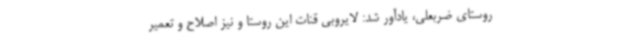
روستای ضربعلی، یادآور شد: لایروبی قنات این روستا و نیز اصلاح و تعمیر